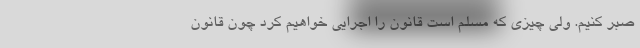
صبر کنیم. ولی چیزی که مسلم است قانون را اجرایی خواهیم کرد چون قانون